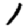
Digit: 1